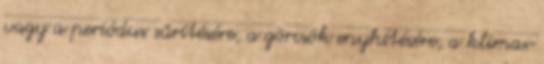
vagy a periódus sűrítésére, a görcsök enyhítésére, a klimax